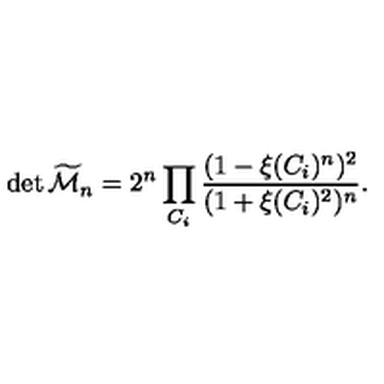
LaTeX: \det { \widetilde { \cal M } _ { n } } = 2 ^ { n } \prod _ { C _ { i } } { \frac { ( 1 - \xi ( C _ { i } ) ^ { n } ) ^ { 2 } } { ( 1 + \xi ( C _ { i } ) ^ { 2 } ) ^ { n } } } .